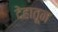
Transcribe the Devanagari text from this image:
देहातून